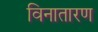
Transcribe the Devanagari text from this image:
विनातारण